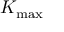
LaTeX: K _ { \mathrm { m a x } }